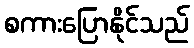
စကားပြောနိုင်သည်